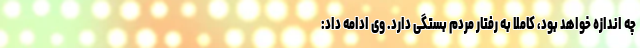
چه اندازه خواهد بود، کاملا به رفتار مردم بستگی دارد. وی ادامه داد: